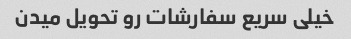
خیلی سریع سفارشات رو تحویل میدن